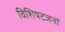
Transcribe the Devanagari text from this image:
विशिषटजनों